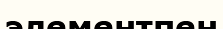
элементпен